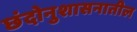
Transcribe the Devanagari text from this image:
छंदोनुशासनातील